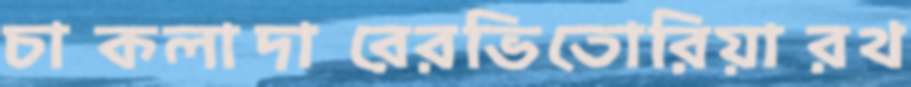
চাকলাদারেরভিতোরিয়ারথ